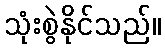
သုံးစွဲနိုင်သည်။